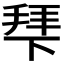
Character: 𭡍